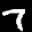
Label: 7